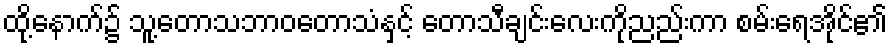
ထို့နောက်၌ သူ့တောသဘာဝတောသံနှင့် တောသီချင်းလေးကိုညည်းကာ စမ်းရေအိုင်၏